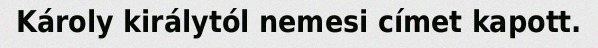
Károly királytól nemesi címet kapott.